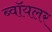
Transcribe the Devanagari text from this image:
ब्वॉयलर